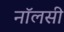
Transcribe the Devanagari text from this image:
नॉलसी